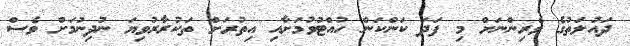
ދައުލަތުގެ ވެރިންނަށް މި ފަދަ ކަންކަން ހުއްޓުވުމަށާއި އިތުރަށް ތަކުރާރުވިޔަ ނުދިނުމަށް ވެސް